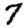
Digit: 7